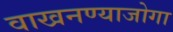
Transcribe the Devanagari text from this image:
वाखनण्याजोगा